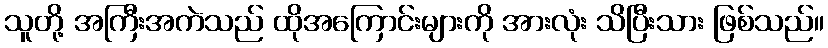
သူတို့ အကြီးအကဲသည် ထိုအကြောင်းများကို အားလုံး သိပြီးသား ဖြစ်သည်။